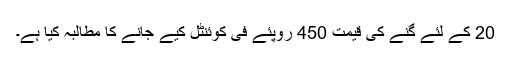
20 کے لئے گنے کی قیمت 450 روپئے فی کوئنٹل کیے جانے کا مطالبہ کیا ہے۔